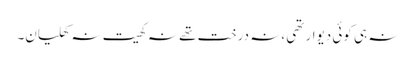
نہ ہی کوئی دیوار تھی ،نہ درخت تھے نہ کھیت نہ کھلیان۔